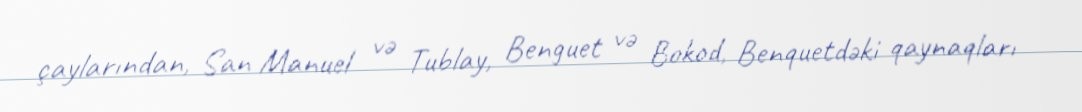
çaylarından, San Manuel və Tublay, Benguet və Bokod, Benquetdəki qaynaqları